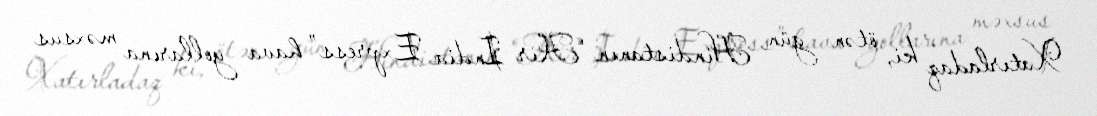
Xatırladaq ki, ötən gün Hindistanın “Air India Express” hava yollarına məxsus